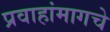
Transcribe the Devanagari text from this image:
प्रवाहांमागचे